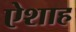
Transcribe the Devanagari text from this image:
ऐशाह